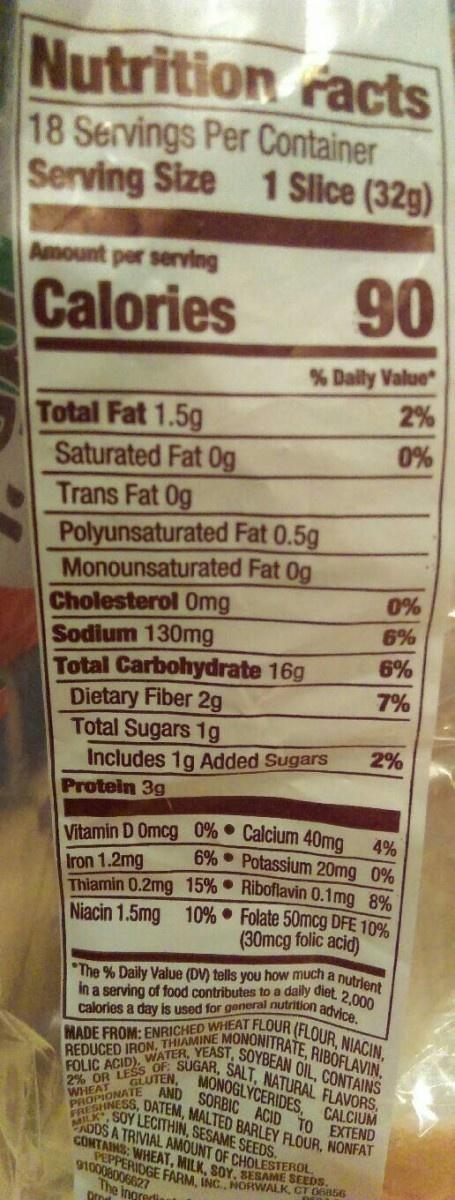
Nutrition Facts 18 Servings Per Container Serving Size 1 Slice (32g)
Amount per serving
Calories
90
% Daily Value
Total Fat 1.5g
2%
0%
Saturated Fat Og
Trans Fat Og
Polyunsaturated Fat 0.5g Monounsaturated Fat Og
Cholesterol Omg
Sodium 130mg
Total Carbohydrate 16g
Dietary Fiber 2g
Total Sugars 1g
2%
Includes 1g Added Sugars
Protein 3g
Vitamin D Omcg 0% Calcium 40mg
4%
6%
Potassium 20mg 0%
Iron 1.2mg
Thiamin 0.2mg 15%
Riboflavin 0.1mg 8%
Niacin 1.5mg
10%
Folate 50mcg DFE 10% (30mcg folic acid)
The % Daily Value (DV) tells you how much a nutrient in a serving of food contributes to a daily diet. 2,000 calories a day is used for general nutrition advice.
MADE FROM: ENRICHED WHEAT FLOUR (FLOUR, NIACIN,
MONONITRATE, RIBOFLAVIN, SOYBEAN OIL, CONTAINS
REDUCED IRON
WATER, YEAST
FOLIC ACID OF: SUGAR, SALT, NATURAL FLAVORS, 2% OR LEUTEN, MONOGLYCERIDES, CALCIUM
WHEAT
PROINESS, DATEM, MALTED BARLEY FLOUR, NONFAT PIONATE AND SORBIC ACID TO EXTEND CADOS A TRIVIAL AMOUNT OF CHOLESTEROL K, SOY LECITHIN, SESAME SEEDS. CONTAINS: WHEAT, MILK, SOY, SESAME SEEDS 910008006627 PEPPERIDGE FARM, INC., NORWALK, CT 06856
The ingredia
pro
0%
6%
6%
7%